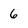
Character: 6